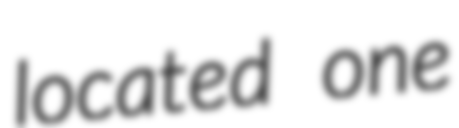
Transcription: located one